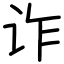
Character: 诈